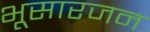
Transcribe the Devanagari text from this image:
भूसारजन